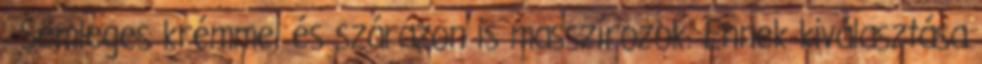
. Semleges krémmel és szárazon is masszírozok. Ennek kiválasztása